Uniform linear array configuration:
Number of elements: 48
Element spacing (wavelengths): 1
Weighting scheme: hann
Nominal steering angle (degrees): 0
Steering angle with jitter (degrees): -0.283
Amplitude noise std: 0.05
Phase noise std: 0.05

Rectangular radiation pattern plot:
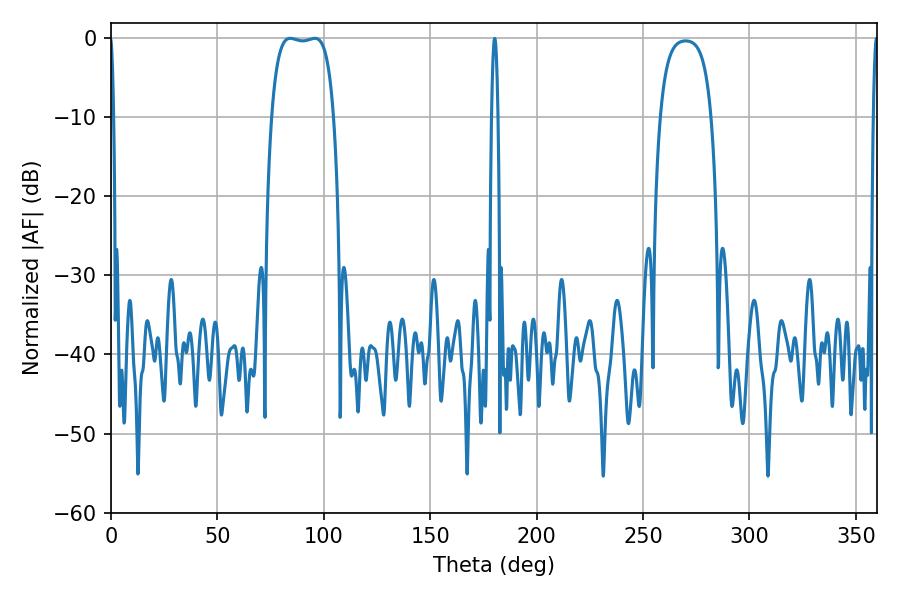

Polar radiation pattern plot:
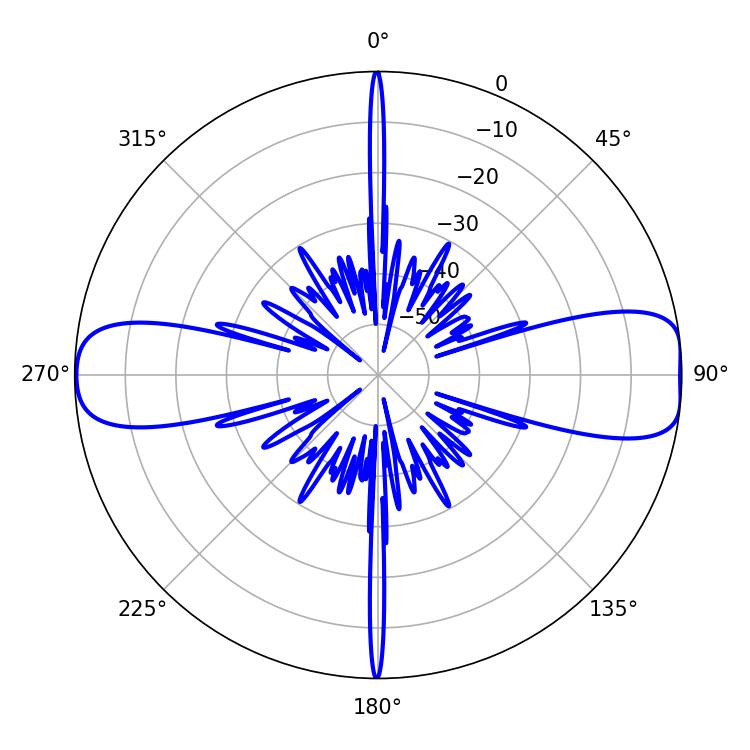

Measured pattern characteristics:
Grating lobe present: TRUE
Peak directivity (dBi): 12.02
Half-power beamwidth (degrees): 23.04
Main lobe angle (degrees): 84.24